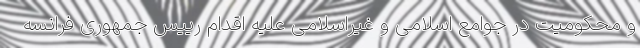
و محکومیت در جوامع اسلامی و غیراسلامی علیه اقدام رییس جمهوری فرانسه